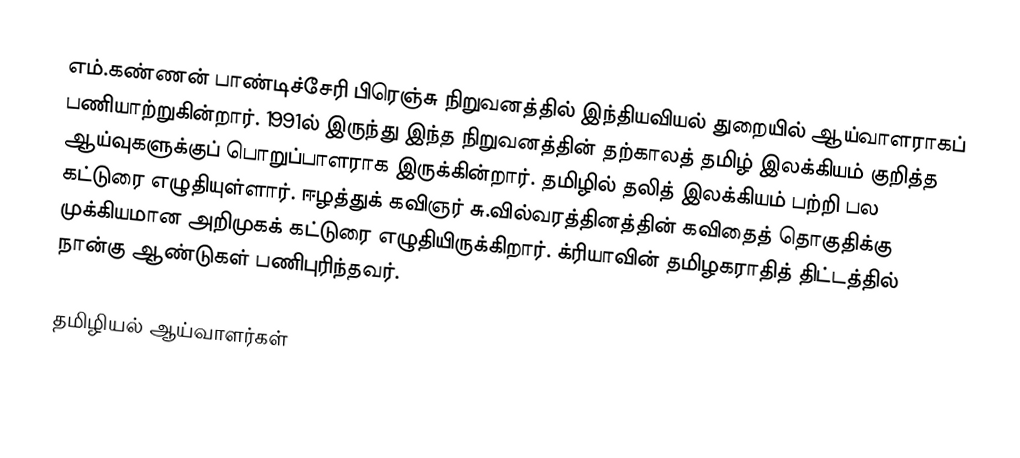
எம்.கண்ணன் பாண்டிச்சேரி பிரெஞ்சு நிறுவனத்தில் இந்தியவியல் துறையில் ஆய்வாளராகப் பணியாற்றுகின்றார். 1991ல் இருந்து இந்த நிறுவனத்தின் தற்காலத் தமிழ் இலக்கியம் குறித்த ஆய்வுகளுக்குப் பொறுப்பாளராக இருக்கின்றார். தமிழில் தலித் இலக்கியம் பற்றி பல கட்டுரை எழுதியுள்ளார். ஈழத்துக் கவிஞர் சு.வில்வரத்தினத்தின் கவிதைத் தொகுதிக்கு முக்கியமான அறிமுகக் கட்டுரை எழுதியிருக்கிறார். க்ரியாவின் தமிழகராதித் திட்டத்தில் நான்கு ஆண்டுகள் பணிபுரிந்தவர்.

தமிழியல் ஆய்வாளர்கள்